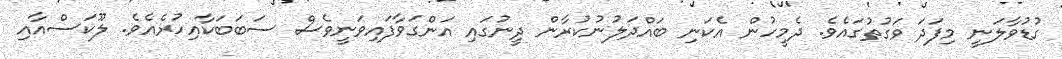
ގުޑުވާލަނީ މިފަދަ ވަގުތުގައެވެ. ދެމީހުން އެކަނި ބައްދަލުނުކުރާން ދީނުގައި އަންގަވާފައިވަނީވެސް ސަބަބަކާއިހުރެއެވެ. ލޫކަސްއާއި